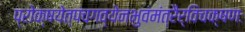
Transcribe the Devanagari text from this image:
प्रोक्षयेत्पंचगव्येनभुवंमंत्रैर्विचक्षणः